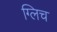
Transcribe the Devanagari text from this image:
ग्लिच